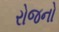
રોજનો